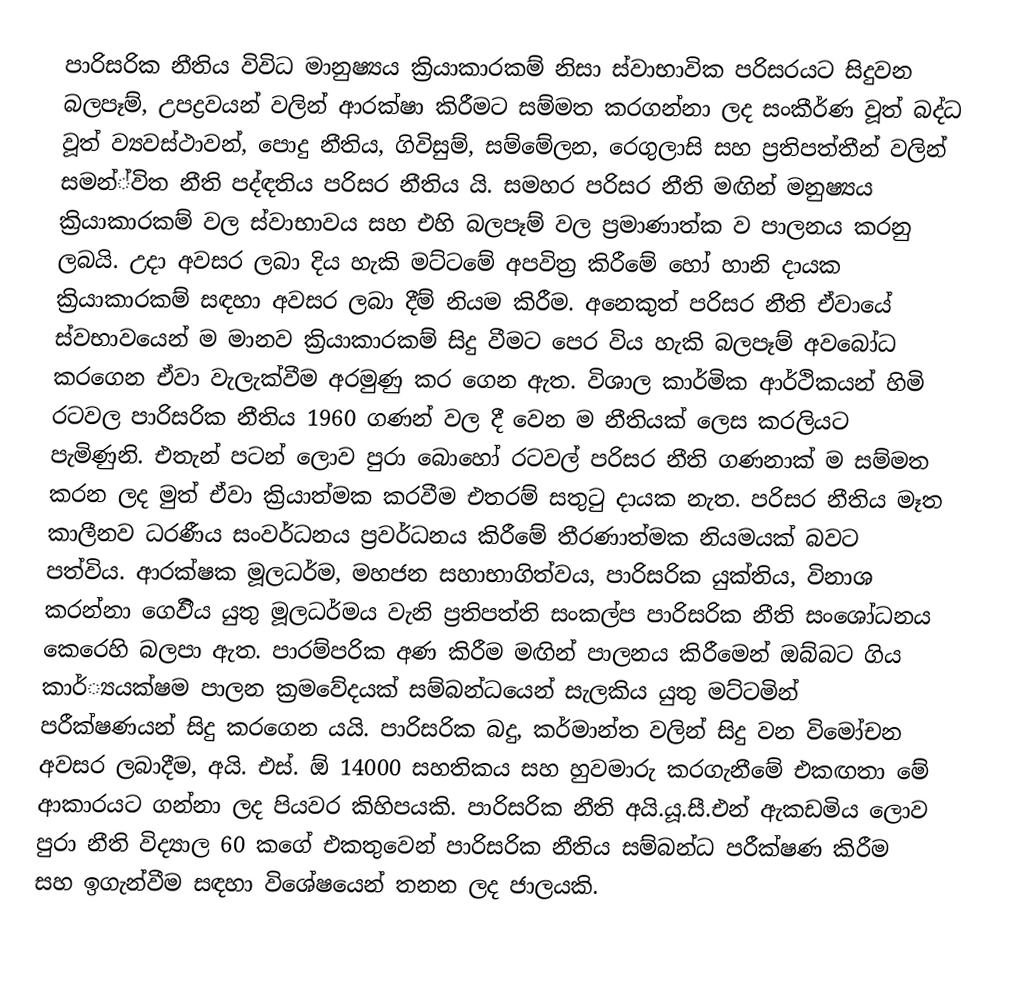
පාරිසරික නීතිය විවිධ මානුෂ්‍යය ක්‍රියාකාරකම් නිසා ස්වාභාවික පරිසරයට සිදුවන බලපෑම්, උපද්‍රවයන් වලින් ආරක්ෂා කිරීමට සම්මත කරගන්නා ලද සංකීර්ණ වූත් බද්ධ වූත් ව්‍යවස්ථාවන්, පොදු නීතිය, ගිවිසුම්, සම්මේලන, රෙගුලාසි සහ ප්‍රතිපත්තීන් වලින් සමන්්විත නීති පද්ඳතිය පරිසර නීතිය යි. සමහර පරිසර නීති මඟින් මනුෂ්‍යය ක්‍රියාකාරකම් වල ස්වාභාවය සහ එහි බලපෑම් වල ප්‍රමාණාත්ක ව පාලනය කරනු ලබයි. උදා අවසර ලබා දිය හැකි මට්ටමේ අපවිත්‍ර කිරීමේ හෝ හානි දායක ක්‍රියාකාරකම් සඳහා අවසර ලබා දීම් නියම කිරීම. අනෙකුත් පරිසර නීති ඒවායේ ස්වභාවයෙන් ම මානව ක්‍රියාකාරකම් සිදු වීමට පෙර විය හැකි බලපෑම් අවබෝධ කරගෙන ඒවා වැලැක්වීම අරමුණු කර ගෙන ඇත. විශාල කාර්මික ආර්ථිකයන් හිමි රටවල පාරිසරික නීතිය 1960 ගණන් වල දී වෙන ම නීතියක් ලෙස කරලියට පැමිණුනි. එතැන් පටන් ලොව පුරා බොහෝ රටවල් පරිසර නීති ගණනාක් ම සම්මත කරන ලද මුත් ඒවා ක්‍රියාත්මක කරවීම එතරම් සතුටු දායක නැත. පරිසර නීතිය මෑත කාලීනව ධරණීය සංවර්ධනය ප්‍රවර්ධනය කිරීමේ තීරණාත්මක නියමයක් බවට පත්විය. ආරක්ෂක මූලධර්ම, මහජන සහාභාගිත්වය, පාරිසරික යුක්තිය, විනාශ කරන්නා ගෙවිිය යුතු මූලධර්මය වැනි ප්‍රතිපත්ති සංකල්ප පාරිසරික නීති සංශෝධනය කෙරෙහි බලපා ඇත. පාරම්පරික අණ කිරීම මඟින් පාලනය කිරීමෙන් ඔබ්බට ගිය කාර්්‍යයක්ෂම පාලන ක්‍රමවේදයක් සම්බන්ධයෙන් සැලකිය යුතු මට්ටමින් පරීක්ෂණයන් සිදු කරගෙන යයි. පාරිසරික බදු, කර්මාන්ත වලින් සිදු වන විමෝචන අවසර ලබාදීම, අයි. එස්. ඕ 14000 සහතිකය සහ හුවමාරු කරගැනීමේ එකඟතා මේ ආකාරයට ගන්නා ලද පියවර කිහිපයකි. පාරිසරික නීති අයි.යූ.සී.එන් ඇකඩමිය ලොව පුරා නීති විද්‍යාල 60 කගේ එකතුවෙන් පාරිසරික නීතිය සම්බන්ධ පරීක්ෂණ කිරීම සහ ඉගැන්වීම සඳහා විශේෂයෙන් තනන ලද ජාලයකි.